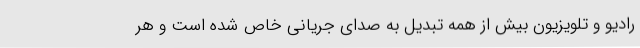
رادیو و تلویزیون بیش از همه تبدیل به صدای جریانی خاص شده است و هر